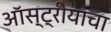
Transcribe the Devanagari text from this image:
ऑस्ट्रीयाचा